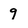
Character: 9